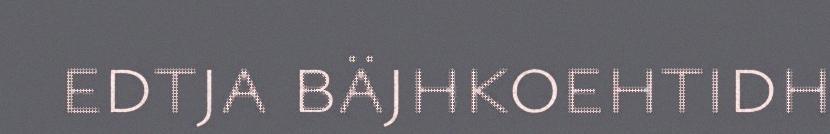
edtja bäjhkoehtidh